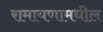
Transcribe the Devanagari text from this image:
रामायणामधील